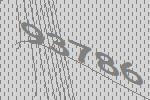
93786